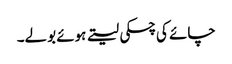
چائے کی چسکی لیتے ہوئے بولے۔